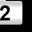
Digit: 2